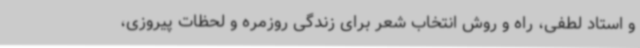
و استاد لطفی، راه و روش انتخاب شعر برای زندگی روزمره و لحظات پیروزی،